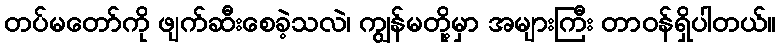
တပ်မတော်ကို ဖျက်ဆီးစေခဲ့သလဲ၊ ကျွန်မတို့မှာ အများကြီး တာဝန်ရှိပါတယ်။